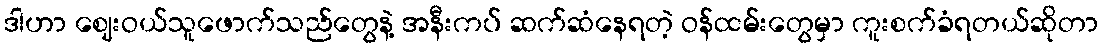
ဒါဟာ ဈေးဝယ်သူဖောက်သည်တွေနဲ့ အနီးကပ် ဆက်ဆံနေရတဲ့ ဝန်ထမ်းတွေမှာ ကူးစက်ခံရတယ်ဆိုတာ